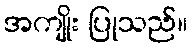
အကျိုး ပြုသည်။